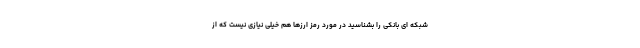
شبکه ای بانکی را بشناسید در مورد رمز ارزها هم خیلی نیازی نیست که از